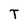
Character: T